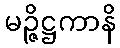
မဉ္ဇိဋ္ဌကာနိ